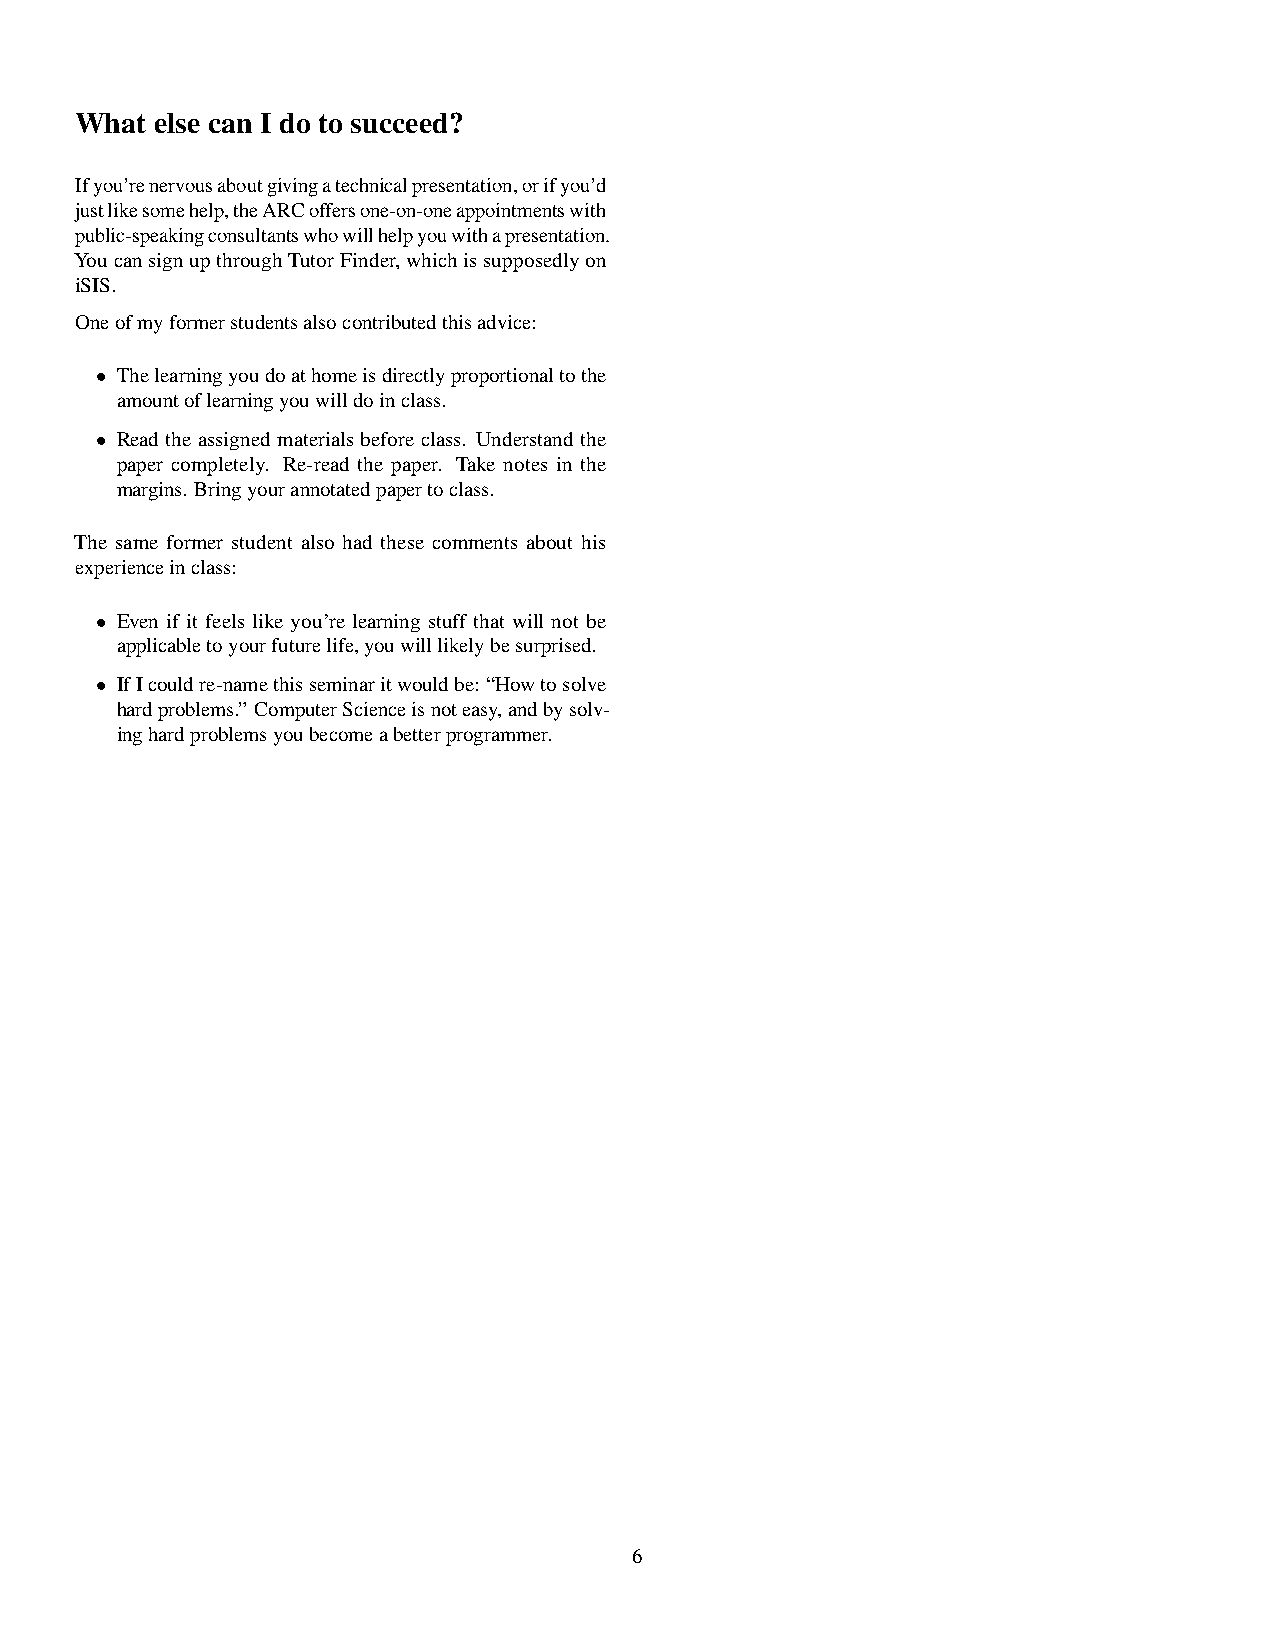
What else can I do to succeed?
 Ifyou’renervousaboutgivingatechnicalpresentation,orifyou’d
 justlikesomehelp,theARCoffersone-on-oneappointmentswith
 public-speakingconsultantswhowillhelpyouwithapresentation.
 YoucansignupthroughTutorFinder,whichissupposedlyon
 iSIS.
 Oneofmyformerstudentsalsocontributedthisadvice:
 • Thelearningyoudoathomeisdirectlyproportionaltothe
 amountoflearningyouwilldoinclass.
 • Readtheassignedmaterialsbeforeclass. Understandthe
 paper completely. Re-read the paper. Take notes in the
 margins. Bringyourannotatedpapertoclass.
 The same former student also had these comments about his
 experienceinclass:
 • Even if it feels like you’re learning stuff that will not be
 applicabletoyourfuturelife,youwilllikelybesurprised.
 • IfIcouldre-namethisseminaritwouldbe: “Howtosolve
 hardproblems.” ComputerScienceisnoteasy,andbysolv-
 inghardproblemsyoubecomeabetterprogrammer.
 6